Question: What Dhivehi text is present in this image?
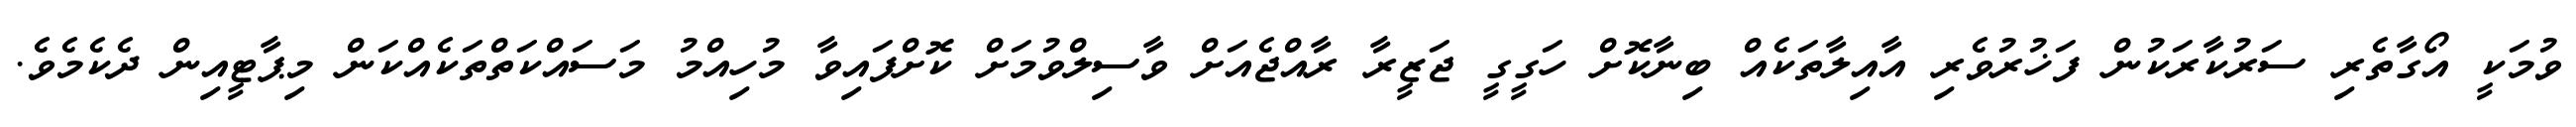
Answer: ވުމަކީ އޯގާތެރި ސަރުކާރަކުން ފަޚުރުވެރި އާއިލާތަކެއް ބިނާކޮށް ހަގީގީ ޖަޒީރާ ރާއްޖެއަށް ވާސިލްވުމަށް ކޮށްފައިވާ މުހިއްމު މަސައްކަތްތަކެއްކަން މިޕާޓީއިން ދެކެމެވެ.